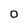
Character: O